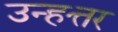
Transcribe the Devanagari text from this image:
उन्हत्तर